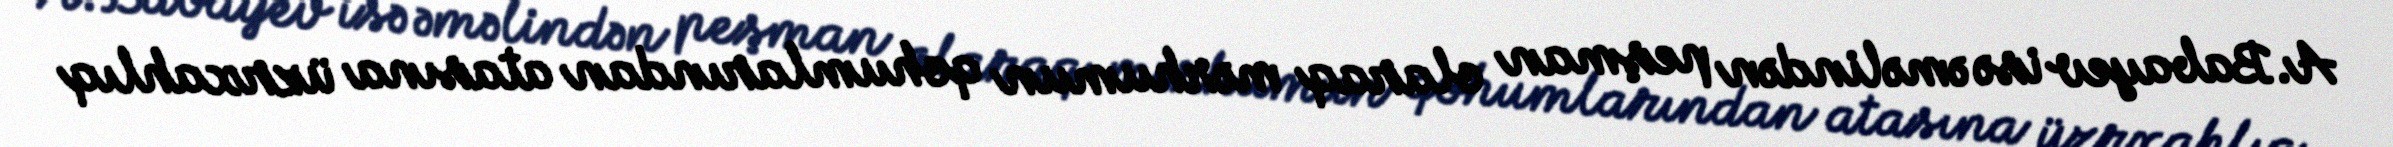
A.Babayev isə əməlindən peşman olaraq mərhumun qohumlarından atasına üzrxahlıq